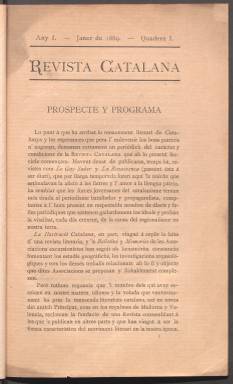
Título: Revista catalana (Barcelona)
Colección: Literatura
Ámbito geográfico: Barcelona
Lugar de publicación: Barcelona
Fechas: 01/01/1889-30/06/1889